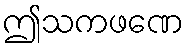
ဤသကဖဏေ